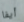
أيفا